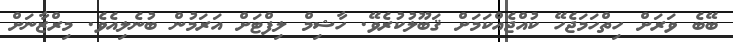
ބޭބެ ވަރަށް ހިތްހަމަޖެހޭ ކުއްޖެއްކަމަށް ޤަބޫލުކުރެވޭ. ހާޝިމް ލިފްޓަށް އަރަމުން ބުނެލިއެވެ. މިރްޒާނަށް